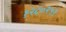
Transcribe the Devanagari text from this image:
१२८०२५१